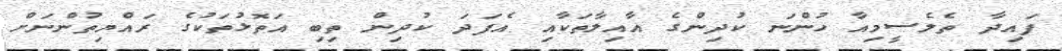
ފައިދާ ތެލެސީމިއާ ހުންނަ ކުދިންގެ އާއިލާތަކާއި އެފަދަ ކުދިން ތިބި އަތޮޅުތަކުގެ ރައްޔިތުންނަށް